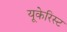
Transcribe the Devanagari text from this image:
यूकेरिस्ट